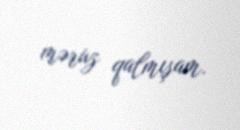
məruz qalmışam.